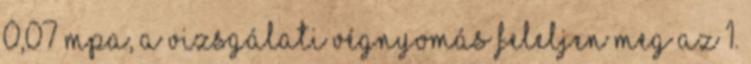
0,07 MPa, a vizsgálati végnyomás feleljen meg az 1.